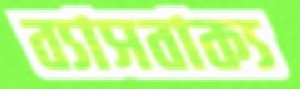
ব্যাসবাক্য